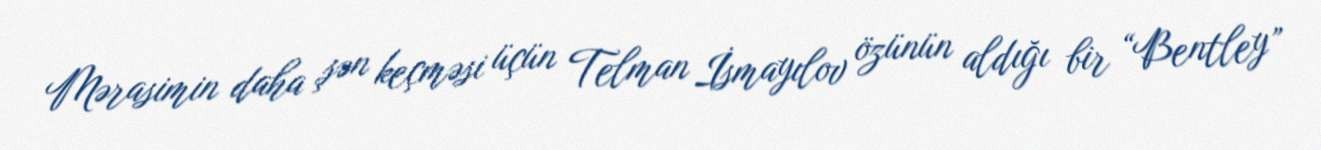
Mərasimin daha şən keçməsi üçün Telman İsmayılov özünün aldığı bir “Bentley”